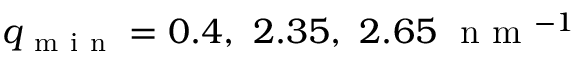
q _ { \mathrm { ~ m ~ i ~ n ~ } } = 0 . 4 , \ 2 . 3 5 , \ 2 . 6 5 \ \mathrm { ~ n ~ m ~ } ^ { - 1 }